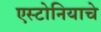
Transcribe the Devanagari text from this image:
एस्टोनियाचे